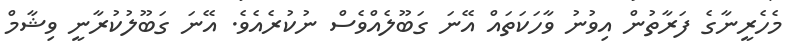
މެހެރީނާގެ ފަރާތުން އިވުނު ވާހަކަތައް އޭނަ ގަބޫލެއްވެސް ނުކުރެއެވެ. އޭނަ ގަބޫލުކުރާނީ ވިޝާމް